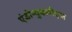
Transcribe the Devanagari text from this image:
एंडोन्युक्लीएज